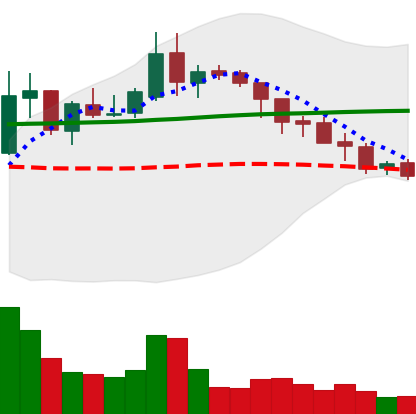
Ticker: XLM-USD
Chart end date: 2018-08-06
Forward return: -7.26%
Label: down_7plus